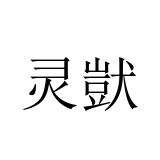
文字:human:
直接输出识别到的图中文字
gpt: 灵獃